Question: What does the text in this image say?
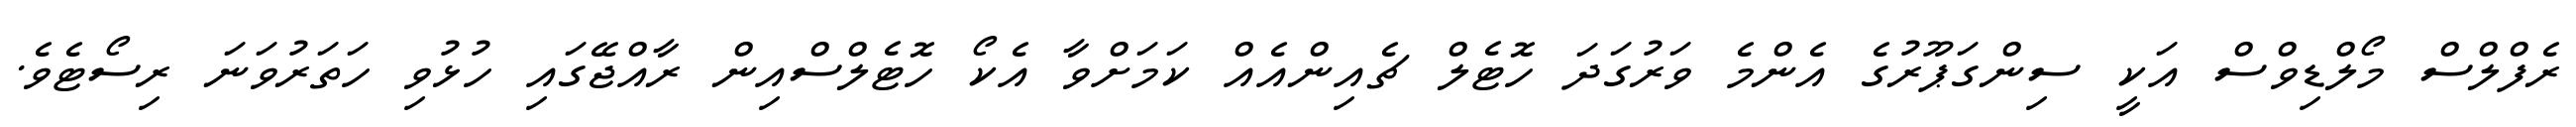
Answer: ރެފްލްސް މޯލްޑިވްސް އަކީ ސިންގަޕޫރުގެ އެންމެ ވަރުގަދަ ހޮޓެލް ޗެއިންއެއް ކަމަށްވާ އެކޯ ހޮޓެލްސްއިން ރާއްޖޭގައި ހުޅުވި ހަތަރުވަނަ ރިސޯޓެވެ.